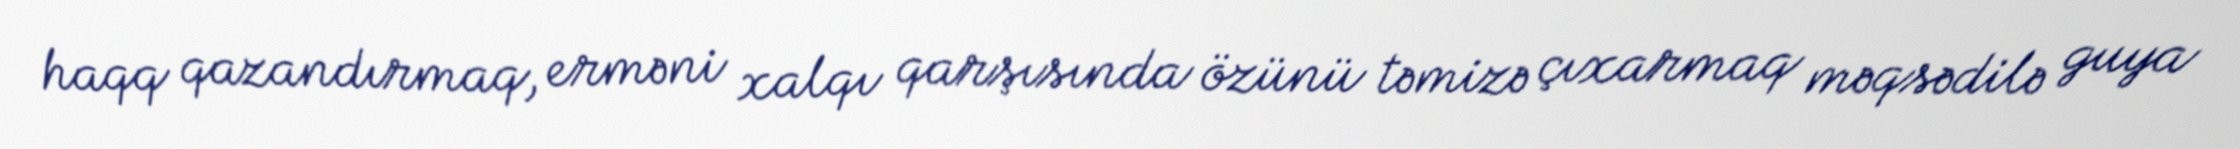
haqq qazandırmaq, erməni xalqı qarşısında özünü təmizə çıxarmaq məqsədilə guya